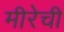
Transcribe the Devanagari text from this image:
मीरेची